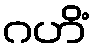
ဂဟိံ